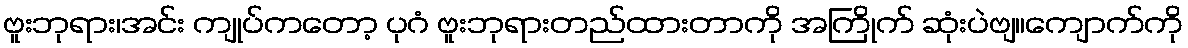
ဗူးဘုရား၊အင်း ကျုပ်ကတော့ ပုဂံ ဗူးဘုရားတည်ထားတာကို အကြိုက် ဆုံးပဲဗျ။ကျောက်ကို